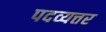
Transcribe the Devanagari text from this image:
पदव्यत्तर